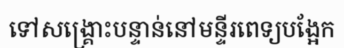
ទៅសង្គ្រោះបន្ទាន់នៅមន្ទីរពេទ្យបង្អែក